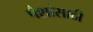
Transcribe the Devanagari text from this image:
पैशांसाठी